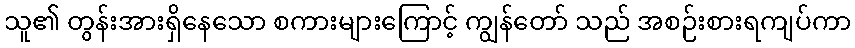
သူ၏ တွန်းအားရှိနေသော စကားများကြောင့် ကျွန်တော် သည် အစဉ်းစားရကျပ်ကာ